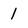
Character: l